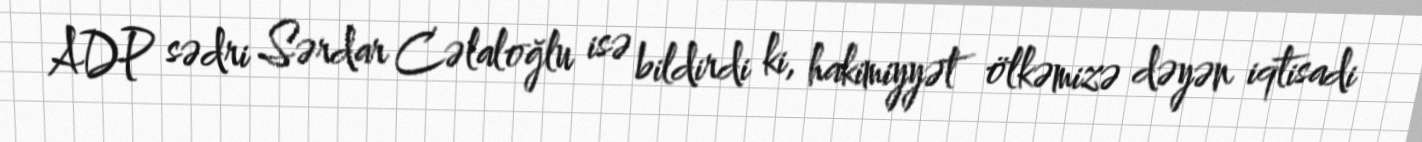
ADP sədri Sərdar Cəlaloğlu isə bildirdi ki, hakimiyyət ölkəmizə dəyən iqtisadi